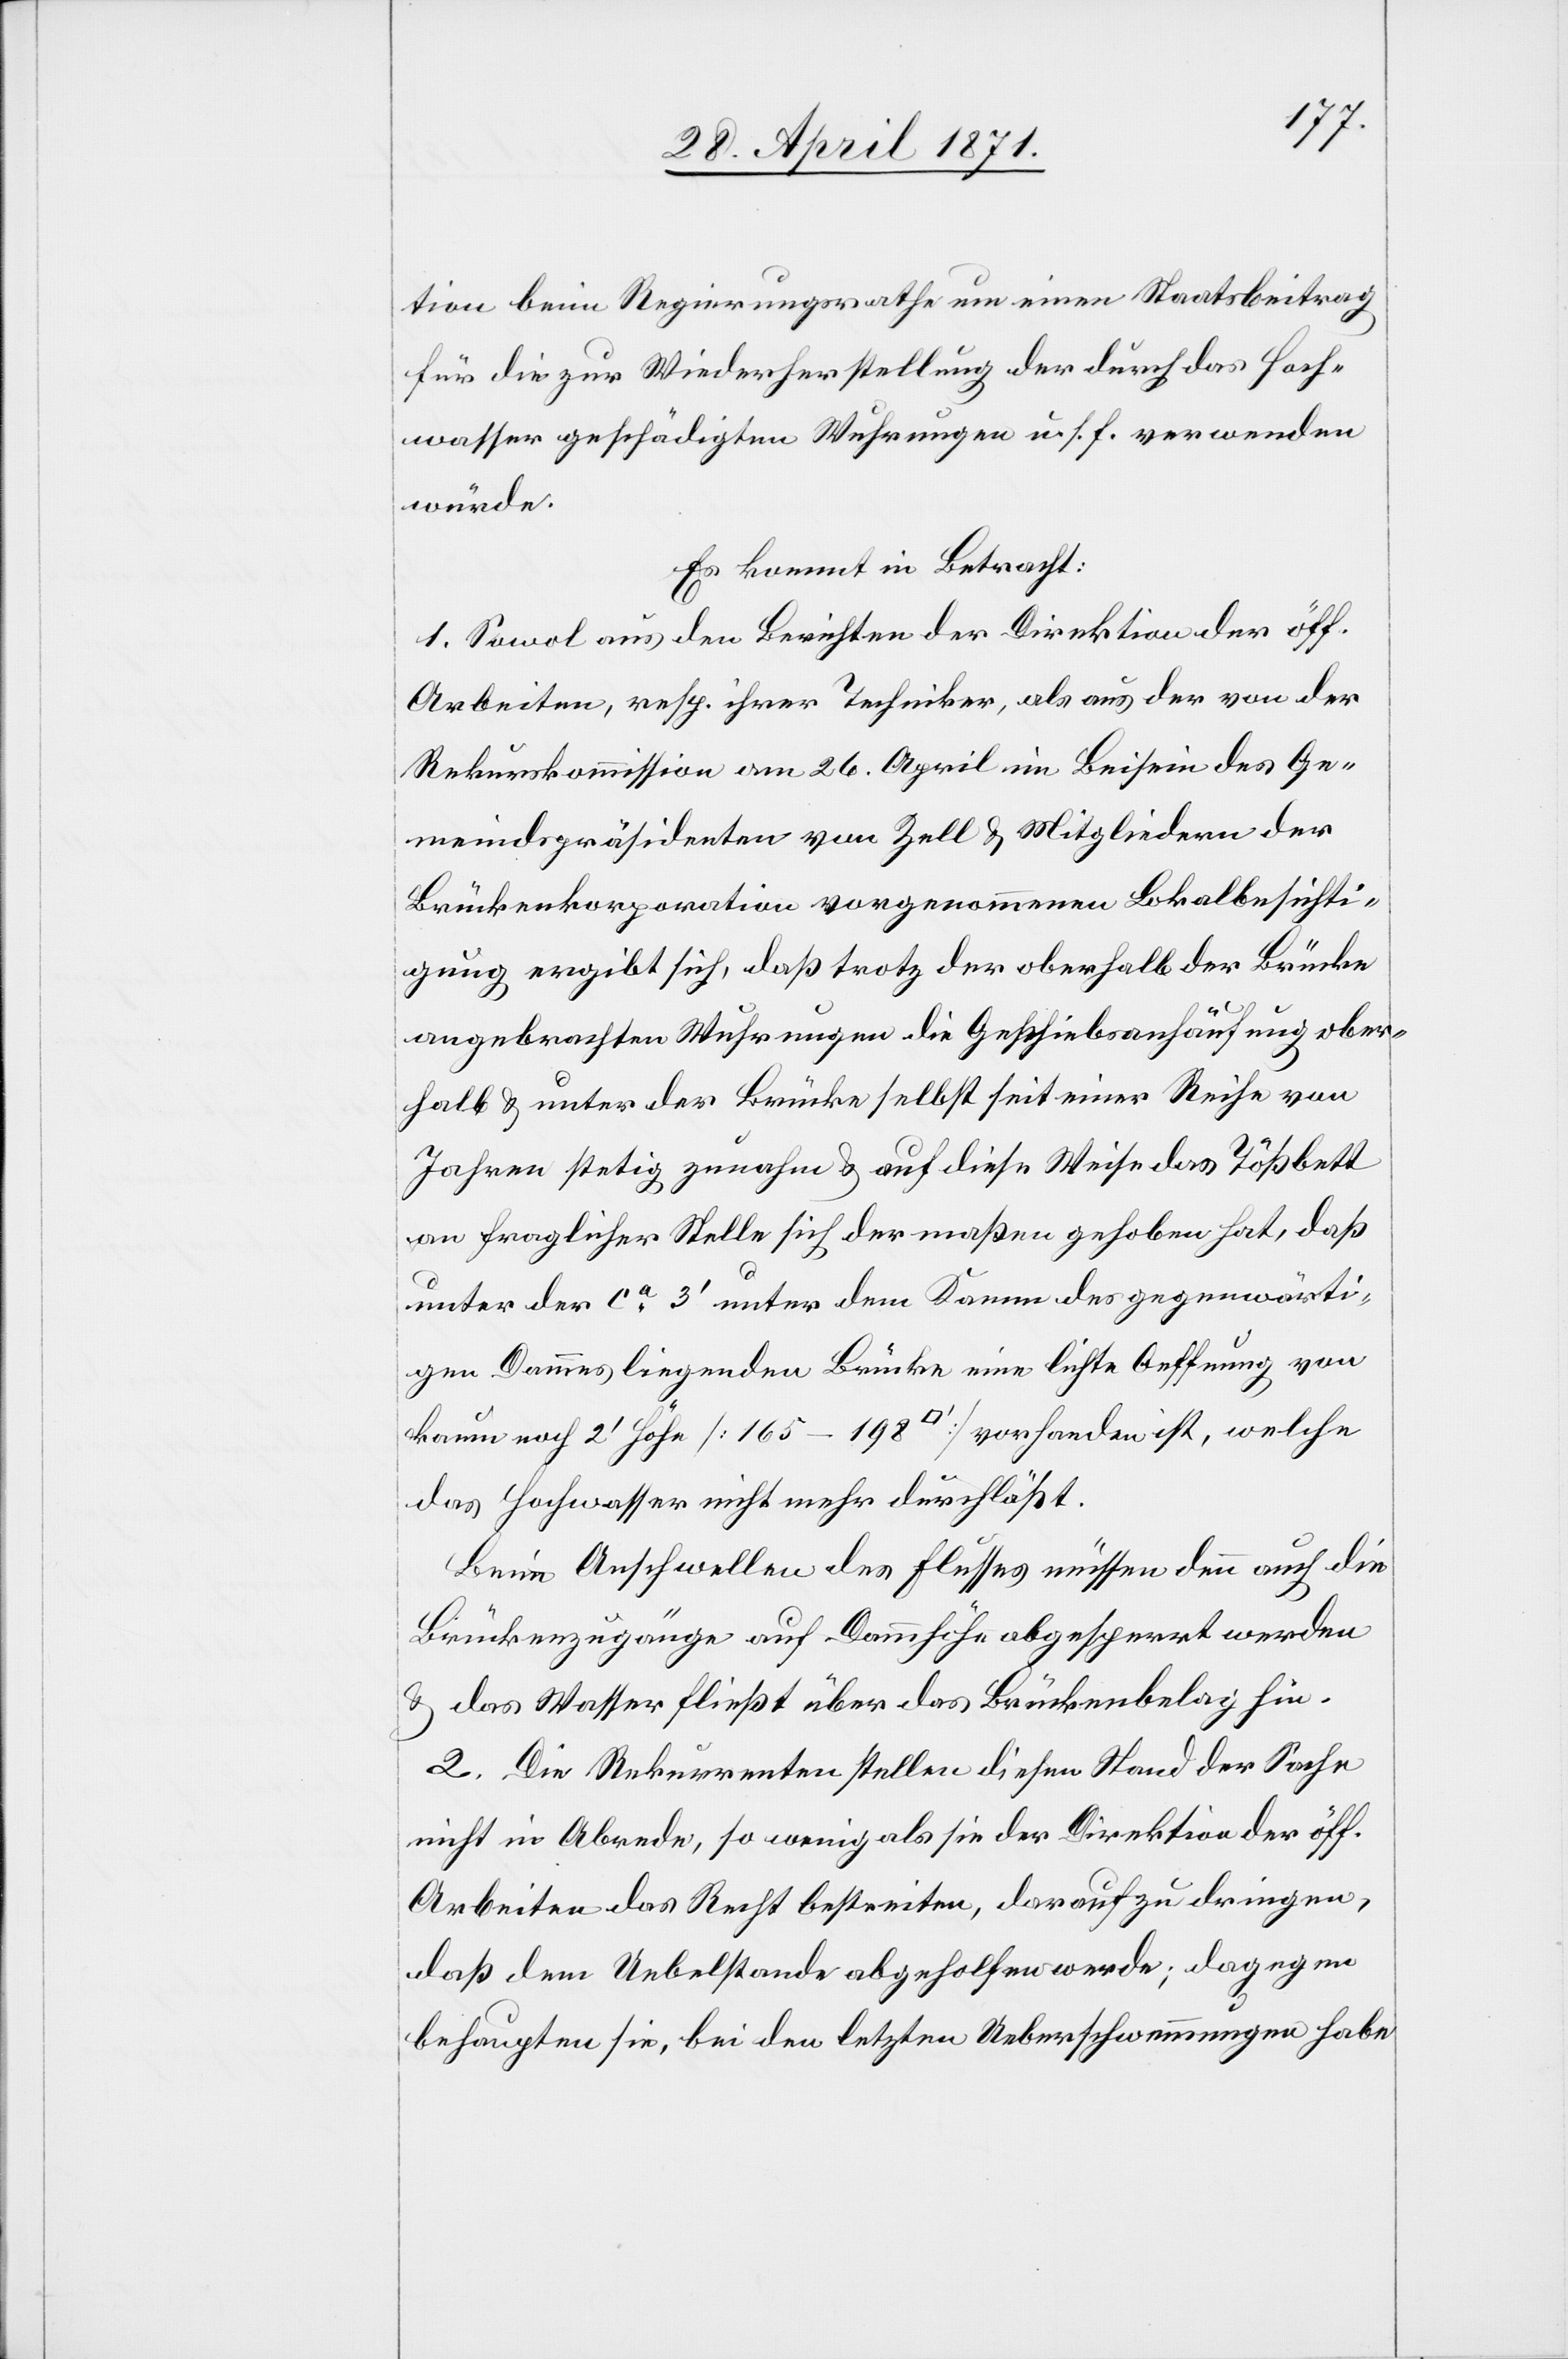
tion beim Regierungsrathe um einen Staatsbeitrag
für die zur Wiederherstellung der durch das Hoch¬
wasser geschädigten Wuhrungen u. s. f. verwenden
würde.
Es kommt in Betracht:
1. Sowol aus den Berichten der Direktion der öff.
Arbeiten, resp. ihrer Techniker, als aus der von der
Rekurskommission am 26. April im Beisein des Ge¬
meindspräsidenten von Zell u. Mitgliedern der
Brückenkorporation vorgenommenen Lokalbesichti¬
gung ergibt sich, daß trotz der oberhalb der Brücke
angebrachten Wuhrungen die Geschiebsanhäufung ober¬
halb u. unter der Brücke selbst seit einer Reihe von
Jahren stetig zunahm u. auf diese Weise das Tößbett
an fraglicher Stelle sich dermaßen gehoben hat, daß
unter der ca. 3‘ unter dem Kamm des gegenwärti¬
gen Dammes liegenden Brücke eine lichte Oeffnung von
kaum noch 2‘ Höhe [165–198 [Quadratfuss]] vorhanden ist, welche
das Hochwasser nicht mehr durchläßt.
Beim Anschwellen des Flusses müssen denn auch die
Brückenzugänge auf Dammhöhe abgesperrt werden
u. das Wasser fließt über das [sic!] Brückenbelag hin.
2. Die Rekurrenten stellen diesen Stand der Sache
nicht in Abrede, so wenig als sie der Direktion der öff.
Arbeiten das Recht bestreiten, darauf zu dringen,
daß dem Uebelstande abgeholfen werde; dagegen
behaupten sie, bei den letzten Ueberschwemmungen habe